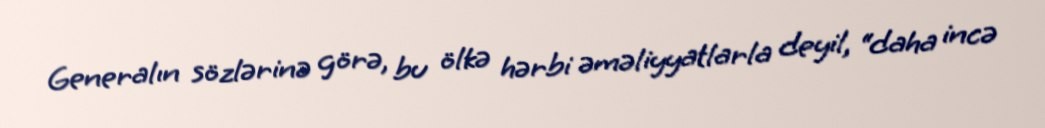
Generalın sözlərinə görə, bu ölkə hərbi əməliyyatlarla deyil, “daha incə